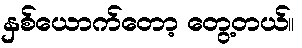
နှစ်ယောက်တော့ တွေ့တယ်။